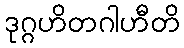
ဒုဂ္ဂဟိတဂါဟီတိ